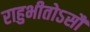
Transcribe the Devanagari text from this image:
राहुभीतोऽसौ